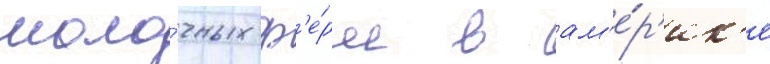
моло́чных ф'е́рм в ам'е́р'ик'е